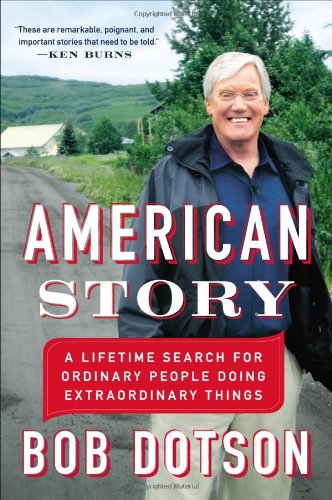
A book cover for American Story: A Lifetime Search for Ordinary People Doing Extraordinary Things; Bob Dotson; Humor & Entertainment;